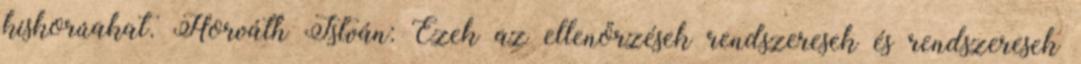
kiskorúakat. Horváth István: Ezek az ellenőrzések rendszeresek és rendszeresek